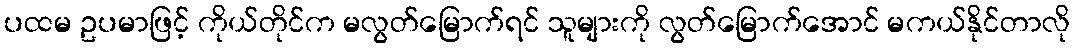
ပထမ ဥပမာဖြင့် ကိုယ်တိုင်က မလွတ်မြောက်ရင် သူများကို လွတ်မြောက်အောင် မကယ်နိုင်တာလို